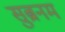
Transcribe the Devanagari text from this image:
सुब्रनम